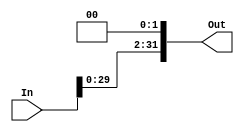
module Shift_Left_Twice #(parameter Input_Width=32, parameter Output_Width=32)

(

input    wire   [Input_Width-1:0]  In,
output   reg    [Output_Width-1:0]  Out

);

always @(*)

begin

Out=(In<<2);

end

endmodule